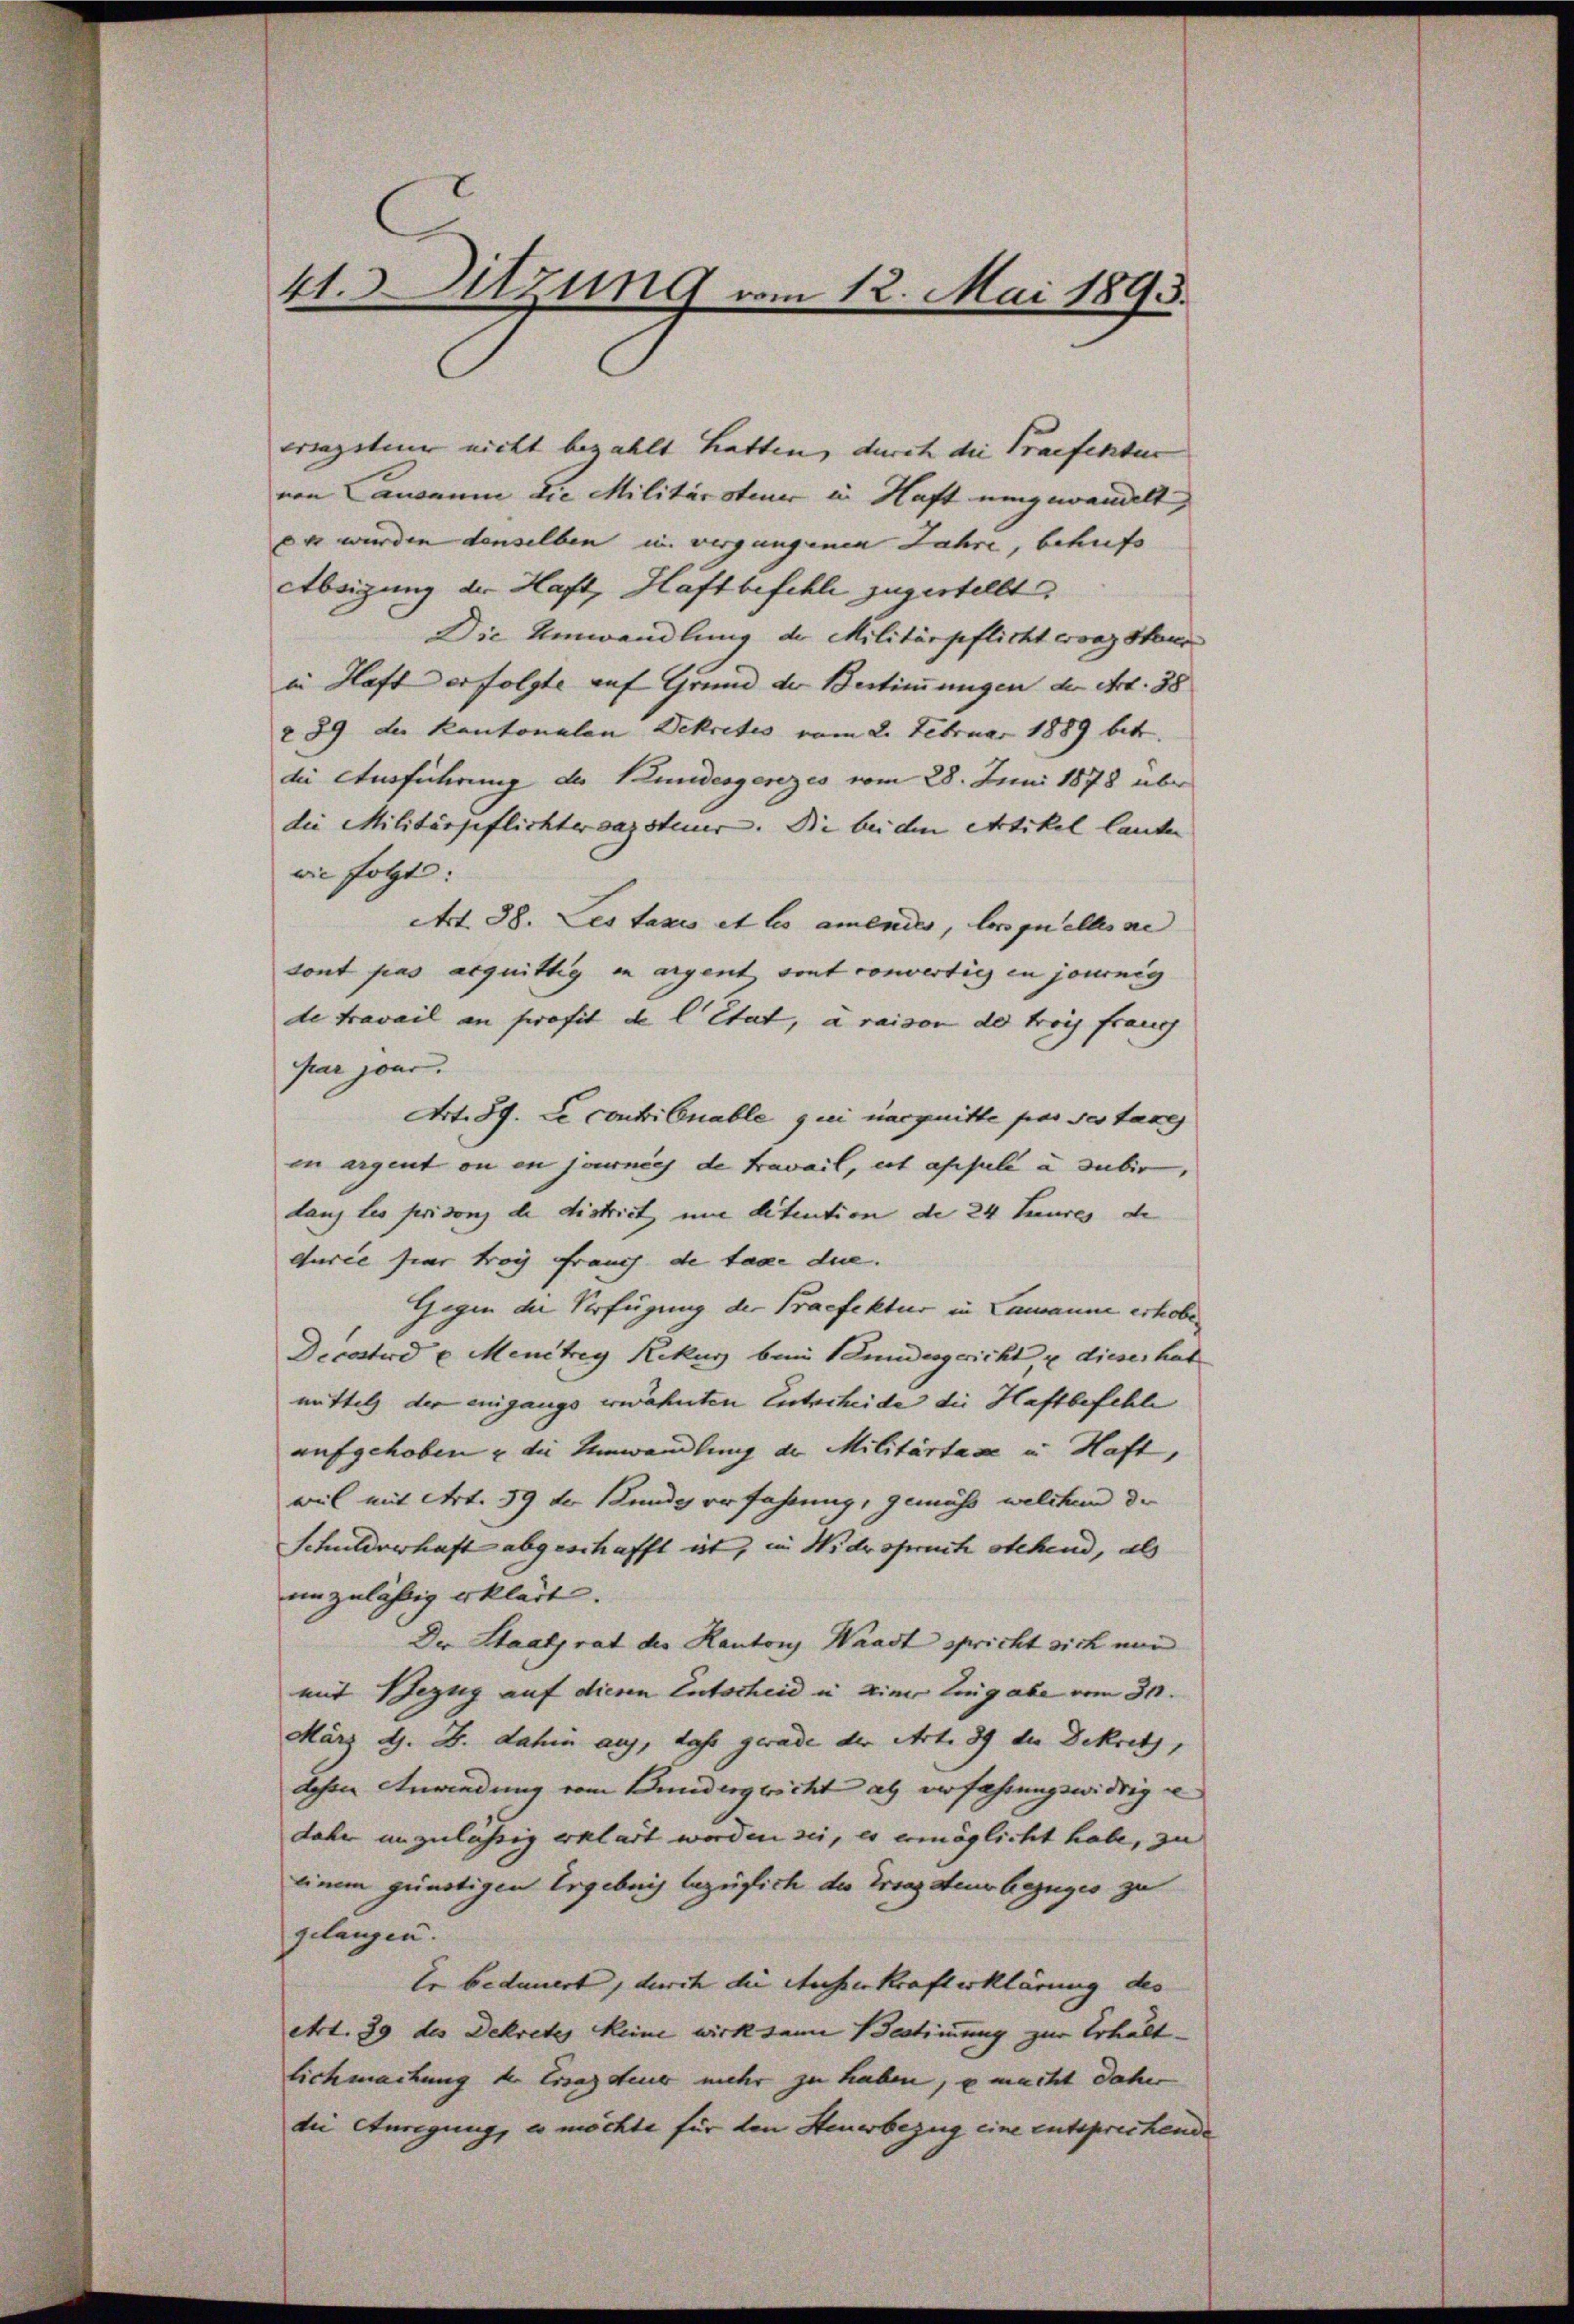
41. Sitzung vom 12. Mai 1893.

ersagsten nicht bezahlt hatten, durch die Traefekten
von Landamm die Militärsteuer in Haft eingewandelt,
e wurden denselben in vergangenen Jahre, behufs
Absigung der Haft, Haftbefehle zugestellt
Die Umwandlung der Militärpflicht evaz staur
in Haft erfolgte auf Grund der Bestimmungen der Art. 38
289 der Kantonalen Dekretes vom 2. Februar 1889 betr.
die Ausführung des Stundesgesezes vom 28. Juni 1878 über
die Militärgeflichtervazsteuer. Die bei den Artikel lauten |
wie folgt:
Art. 38. Les taxis et les amendes, lorsquelles se
sont pas acquittig in argent sont convertigen journig
de travail an profit de l’Etat, à raison de trois franch
par jan.
Art. 89. Le contri Cnable qui narquitte par ses taxe
in argent ou en journées de travail, est apsula a subir,
dans les prison de district une ditention de 24 teures de
curie hier trag Frauch de tage die. |
Gegen der Verfügung der Praefektur in Lausanne erhobe¬
Decetard u. Menitey Rekurs beim Landesgericht u dieser hat
mittel der eingangs erwähnten Entscheide die Haftbefehle
aufgehoben u die Umwandlung der Militärtaxe in Haft,
wil mit Art. 39 der Bunde erfahrung, gemäss welchen de
Schildverhaft abgeschafft ist, in Widerspruch stehend, als
unzuläßig erklärt. |
Der Staatsrat der Kantons Waadt spricht sich von
mit Bezug auf diesen Entscheid in einer Eingabe vom 30.
März d. B. dahin auf, dass gerade der Art. 39 die Dekretz,
dohen Anwendung vom Bundergericht als verfahrungswidrig e
daher unzulässig erklärt worden sei, es ermöglicht habe, zu
einem günstigen Ergebnis bezüglich die Ersatz deus bezuges zu
gelangen.
Er bedauert, durch die Ausserkraft erklärung des
etc. 39 des Dekretes keine wirksame Bestimmung zur Erhalt
lichmachung der Ersassteuer mehr zu haben, u macht daher
die Anregung, es möchte für den Steuerbezug eine entsprechende